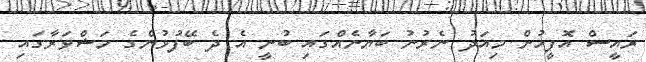
ރައީސް އޮފީހުން މިއަދު ނެރުނު ބަޔާނެއްގައި ބުނީ އެ ދެ ބޭފުޅުންގެ މަޝްވަރާގައި